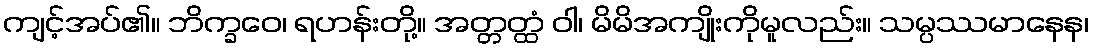
ကျင့်အပ်၏။ ဘိက္ခဝေ၊ ရဟန်းတို့။ အတ္တတ္ထံ ဝါ၊ မိမိအကျိုးကိုမူလည်း။ သမ္ပဿမာနေန၊